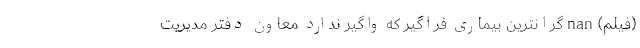
(فیلم) nan گرانترین بیماری فراگیر که واگیر ندارد معاون دفتر مدیریت